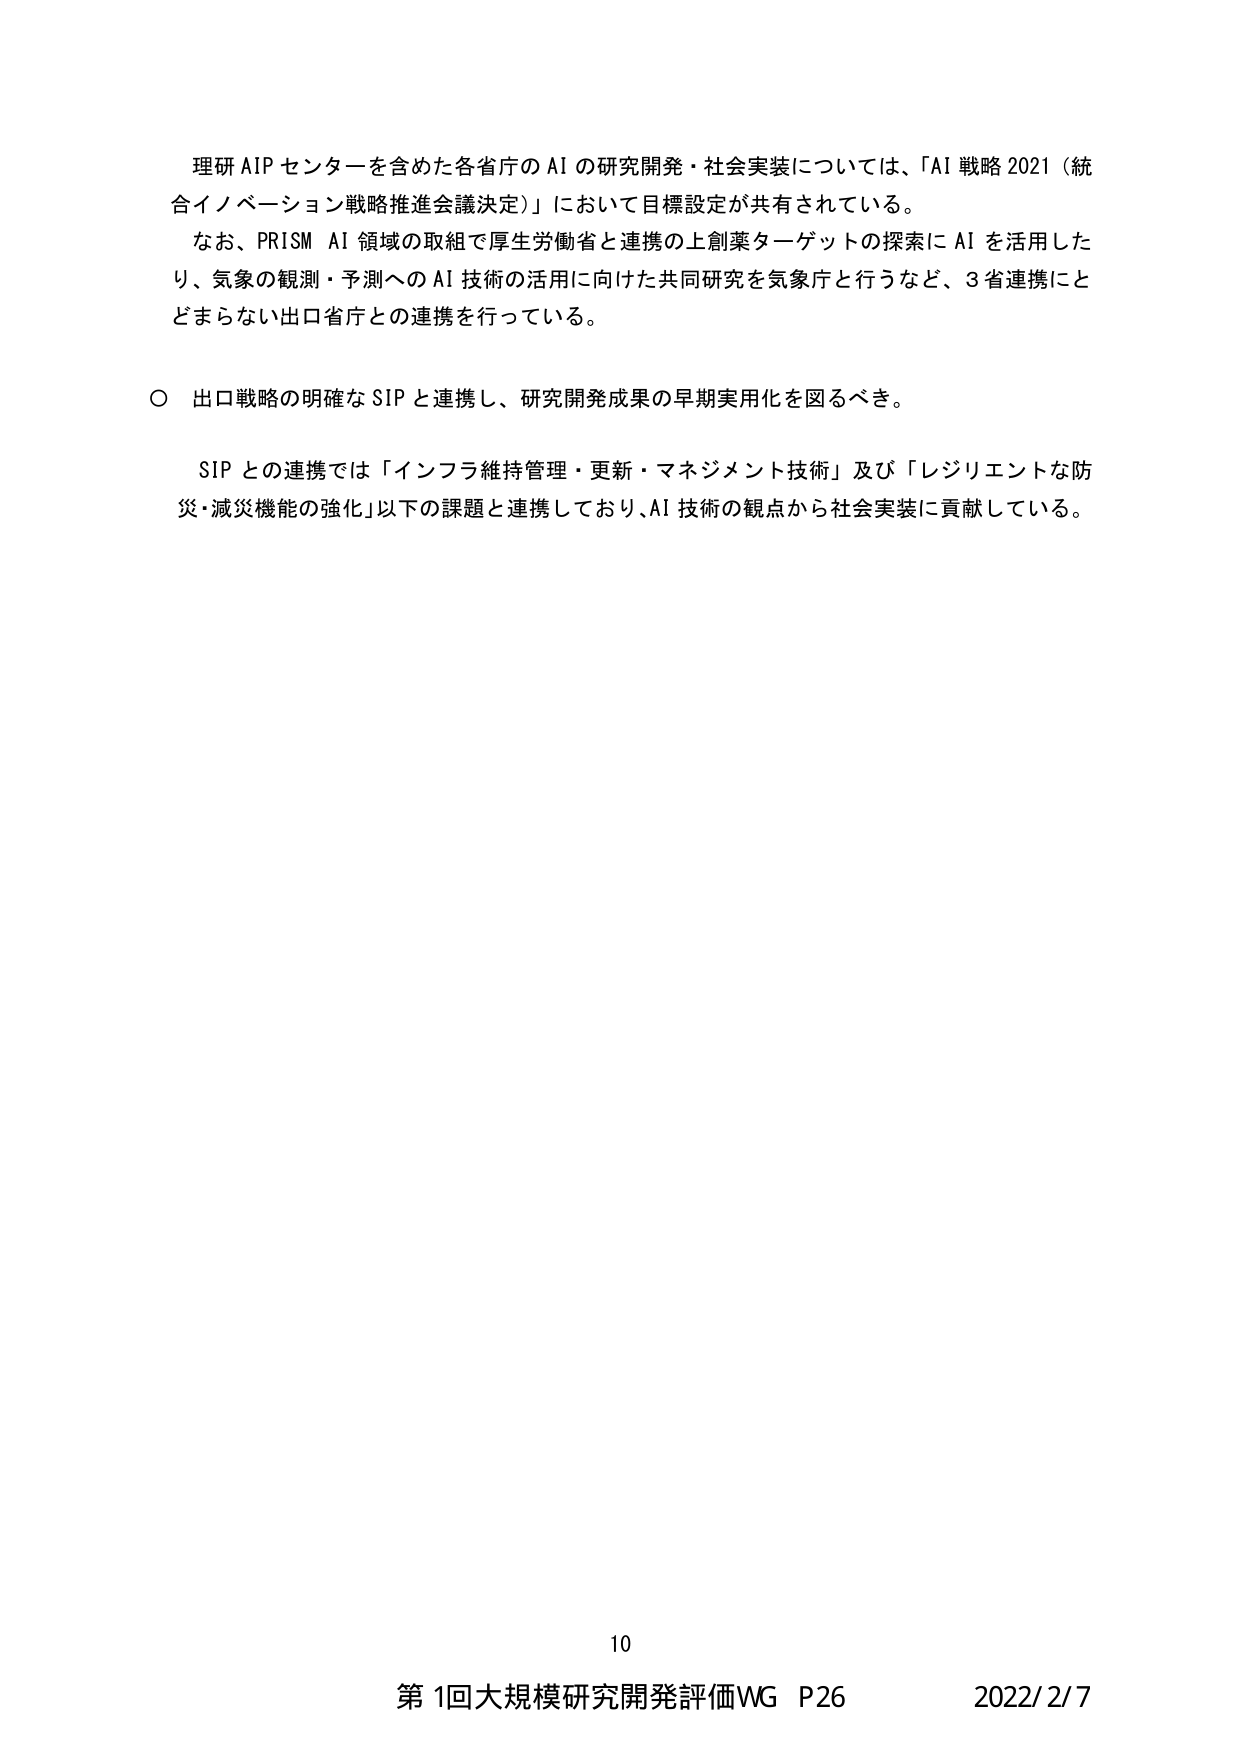
理研AIPセンターを含めた各省庁のAIの研究開発・社会実装については、「AI戦略2021（統合イノベーション戦略推進会議決定）」において目標設定が共有されている。

なお、PRISM AI領域の取組で厚生労働省と連携の上創薬ターゲットの探索にAIを活用したり、気象の観測・予測へのAI技術の活用に向けた共同研究を気象庁を行うなど、3省連携にとどまらない出口省庁との連携を行っている。

○ 出口戦略の明確なSIPと連携し、研究開発成果の早期実用化を図るべき。

SIPとの連携では「インフラ維持管理・更新・マネジメント技術」及び「レジリエントな防災・減災機能の強化」以下の課題と連携しており、AI技術の観点から社会実装に貢献している。

10
第1回大規模研究開発評価WG P26 2022/2/7